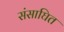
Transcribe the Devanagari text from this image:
संसाघित